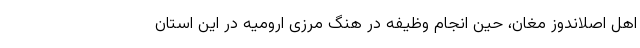
اهل اصلاندوز مغان، حین انجام وظیفه در هنگ مرزی ارومیه در این استان